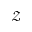
\mathcal { Z }